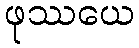
ဖုဿယေ